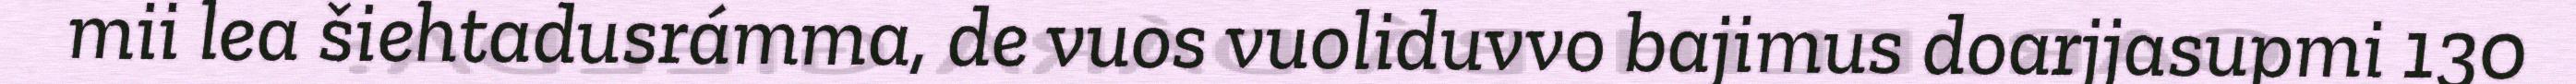
mii lea šiehtadusrámma, de vuos vuoliduvvo bajimus doarjjasupmi 130